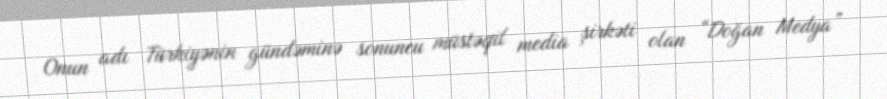
Onun adı Türkiyənin gündəminə sonuncu müstəqil media şirkəti olan “Doğan Medya”